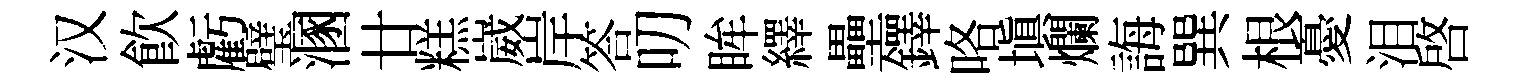
汉飲虧璧溷廿糕崴岸答叨眸繹壘鐸咯填爛誨巽根憂泪啓